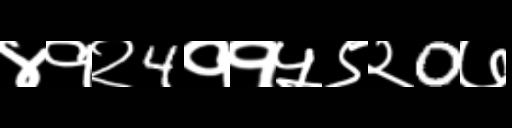
Text: ४१२4११५९२0७